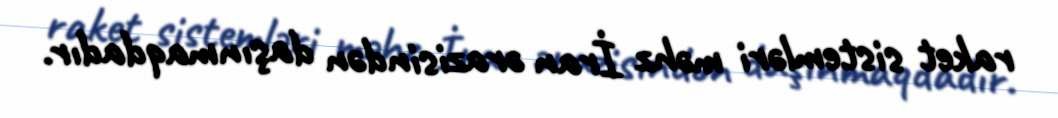
raket sistemləri məhz İran ərazisindən daşınmaqdadır.